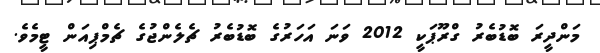
މަންދީރަ ބޮޑުބެރު ގްރޫޕަކީ 2012 ވަނަ އަހަރުގެ ބޮޑުބެރު ޗެލެންޖުގެ ޗެމްޕިއަން ޓީމެވެ.